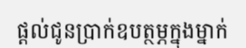
ផ្តល់ជូនប្រាក់ឧបត្ថម្ភក្នុងម្នាក់